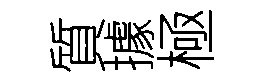
質據極